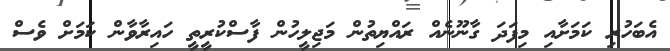
އެބަހުރި ކަމަށާއި މިފަދަ ގާނޫނެއް ރައްޔިތުން މަޖިލީހުން ފާސްކުރީތީ ހައިރާވާން ކަމަށް ވެސް